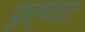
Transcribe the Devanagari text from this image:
पुर्णतः